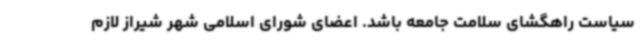
سیاست راهگشای سلامت جامعه باشد. اعضای شورای اسلامی شهر شیراز لازم